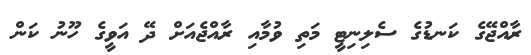
ރާއްޖޭގެ ކަނޑުގެ ސެލިނިޓީ މަތި ވުމާއި ރާއްޖެއަށް ދޭ އަވީގެ ހޫނު ކަން